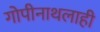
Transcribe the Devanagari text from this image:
गोपीनाथलाही